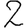
Digit: 2